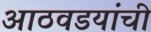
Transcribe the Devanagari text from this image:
आठवडयांची